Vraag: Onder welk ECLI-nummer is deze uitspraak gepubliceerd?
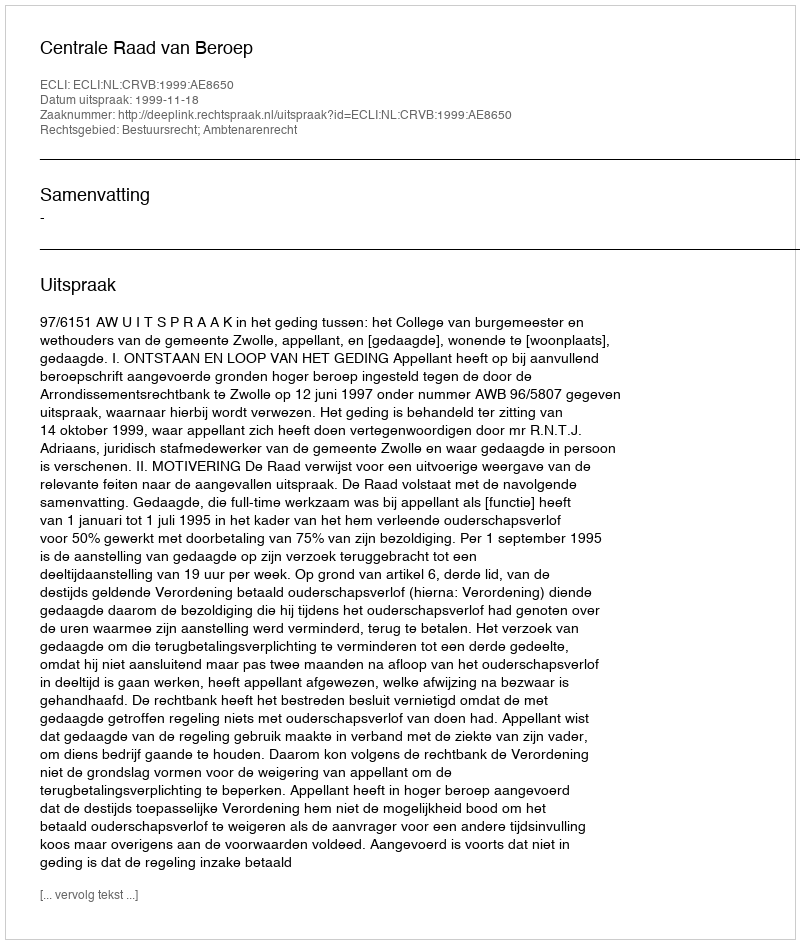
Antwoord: ECLI:NL:CRVB:1999:AE8650